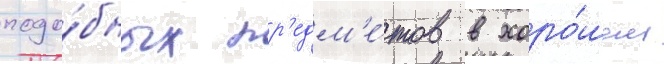
подо́бных пр'едм'е́тов в хоро́шем